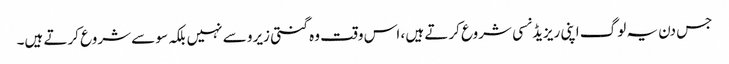
جس دن یہ لوگ اپنی ریزیڈنسی شروع کرتے ہیں ، اس وقت وہ گنتی زیرو سے نہیں بلکہ سو سے شروع کرتے ہیں۔